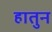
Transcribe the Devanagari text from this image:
हातुन